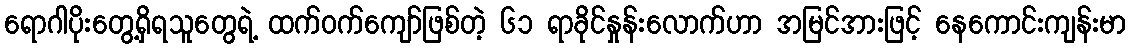
ရောဂါပိုးတွေ့ရှိရသူတွေရဲ့ ထက်ဝက်ကျော်ဖြစ်တဲ့ ၆၁ ရာခိုင်နှုန်းလောက်ဟာ အမြင်အားဖြင့် နေကောင်းကျန်းမာ